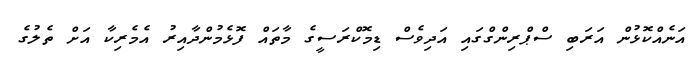
އަނެއްކޮޅުން އަރަބި ސްޕްރިންގްގައި އަދިވެސް ޑިމޮކްރަސީގެ މާތައް ފޮޅެމުންދާއިރު އެމެރިކާ އަށް ތެލުގެ